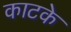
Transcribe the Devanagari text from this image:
काटके